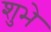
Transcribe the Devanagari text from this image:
शुभे